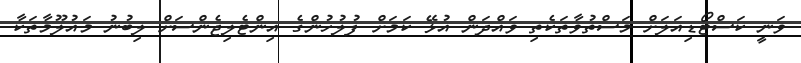
ވަނީ ކަސްޓޯޑިއަލަށް މަސްތުވާތަކެތި ވައްދަން އުޅޭ ކަމަށް ފުލުހުންގެ އިންޓެލިޖެންސަށް ލިބުނު މައުލޫމާތަކާ